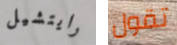
رايتشيل تقول